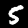
Label: 5